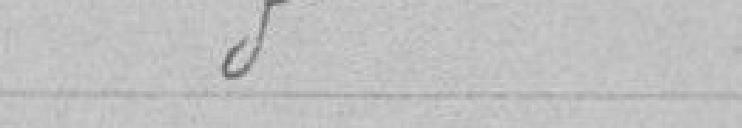
Idem